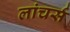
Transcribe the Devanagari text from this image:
लांचर्स